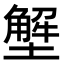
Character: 㙰